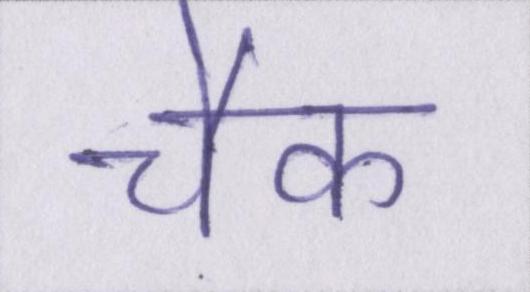
चैक